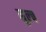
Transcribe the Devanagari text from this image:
मुल्च